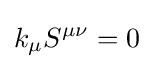
k_{\mu }S^{\mu \nu }=0